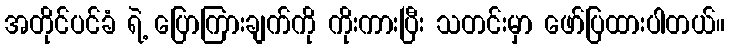
အတိုင်ပင်ခံ ရဲ့ ပြောကြားချက်ကို ကိုးကားပြီး သတင်းမှာ ဖော်ပြထားပါတယ်။